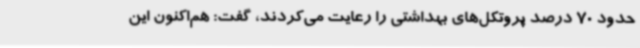
حدود 70 درصد پروتکل‌های بهداشتی را رعایت می‌کردند، گفت: هم‌اکنون این